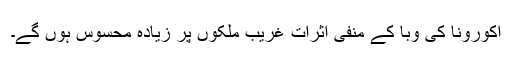
اکورونا کی وبا کے منفی اثرات غریب ملکوں پر زیادہ محسوس ہوں گے۔